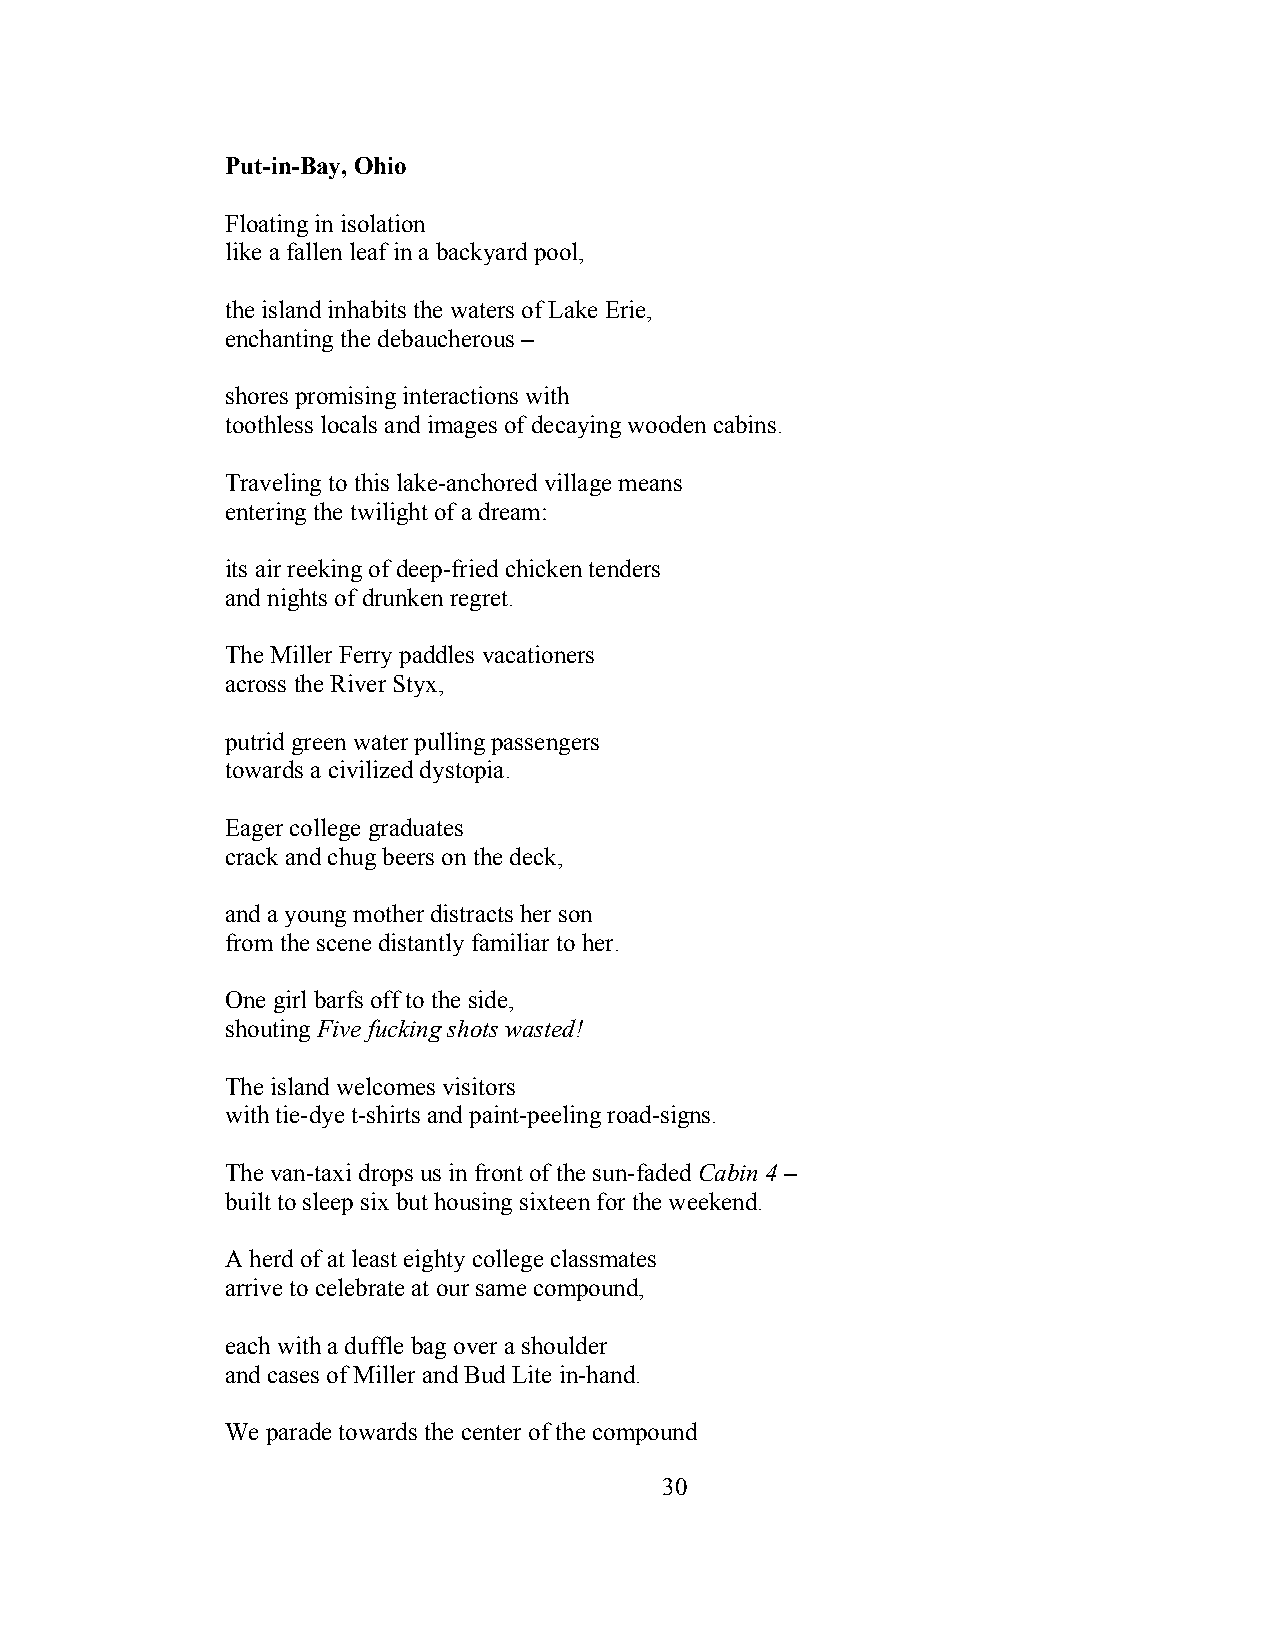
Put-in-Bay, Ohio
 Floating in isolation
 like a fallen leaf in a backyard pool,
 the island inhabits the waters of Lake Erie,
 enchanting the debaucherous –
 shores promising interactions with
 toothless locals and images of decaying wooden cabins.
 Traveling to this lake-anchored village means
 entering the twilight of a dream:
 its air reeking of deep-fried chicken tenders
 and nights of drunken regret.
 The Miller Ferry paddles vacationers
 across the River Styx,
 putrid green water pulling passengers
 towards a civilized dystopia.
 Eager college graduates
 crack and chug beers on the deck,
 and a young mother distracts her son
 from the scene distantly familiar to her.
 One girl barfs off to the side,
 shouting Five fucking shots wasted!
 The island welcomes visitors
 with tie-dye t-shirts and paint-peeling road-signs.
 The van-taxi drops us in front of the sun-faded Cabin 4 –
 built to sleep six but housing sixteen for the weekend.
 A herd of at least eighty college classmates
 arrive to celebrate at our same compound,
 each with a duffle bag over a shoulder
 and cases of Miller and Bud Lite in-hand.
 We parade towards the center of the compound
 30